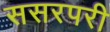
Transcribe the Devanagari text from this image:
ससरपरी